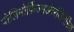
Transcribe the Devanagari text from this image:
पोलिमोर्फ़िज्मऔरजिनेरिक